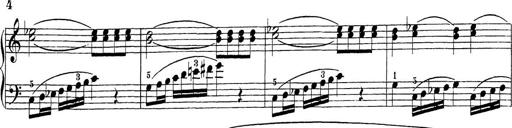
Title: Sonatina Album
Composer: Louis KÃ¶hler